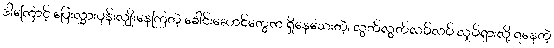
ဒါကြောင့် ပြေးလွှားပုန်းလျှိုးနေကြတဲ့ ခေါင်းဆောင်တွေက ရှိနေသေးတဲ့၊ လွတ်လွတ်လပ်လပ် လှုပ်ရှားလို့ ရနေတဲ့